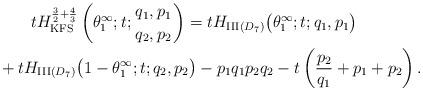
LaTeX: \begin{gather*} tH_{\mathrm{KFS}}^{\frac32+\frac43}\left(\theta^\infty_1 ;t; {q_1,p_1 \atop q_2,p_2}\right) =tH_{\mathrm{III}(D_7)}\big(\theta^\infty_1; t; q_1,p_1\big)\\\qquad{} +tH_{\mathrm{III}(D_7)}\big(1-\theta^\infty_1; t; q_2,p_2\big)-p_1q_1p_2q_2-t\left(\frac{p_2}{q_1}+p_1+p_2\right).\end{gather*}